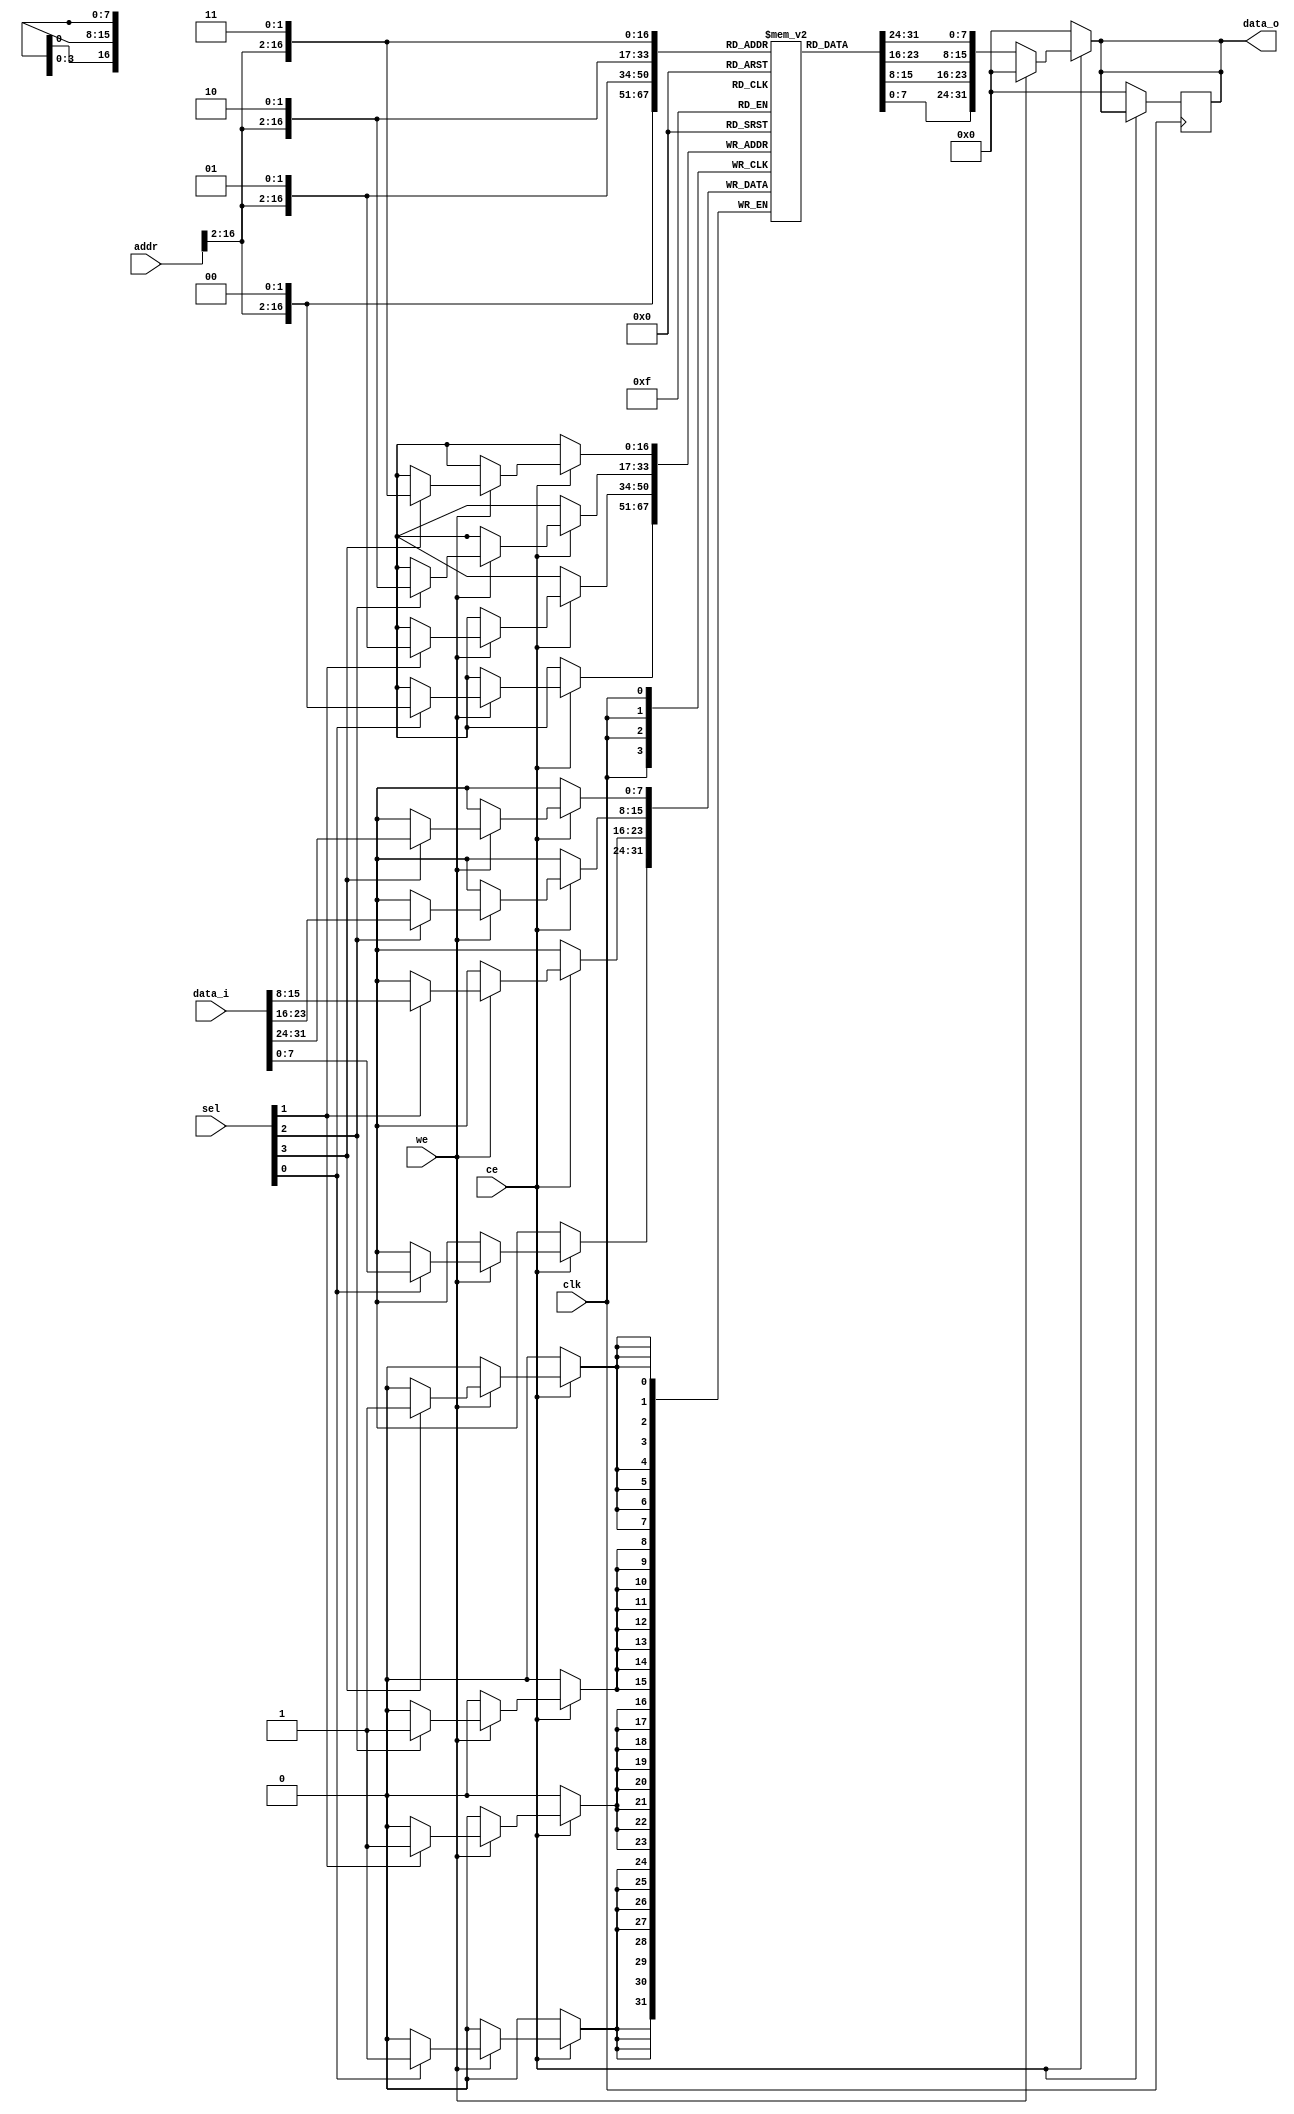
`timescale 1ns / 1ps
//////////////////////////////////////////////////////////////////////////////////
// Company: 
// Engineer: 
// 
// Design Name: 
// Module Name: data_ram
// Project Name: 
// Target Devices: 
// Tool Versions: 
// Description: 
// 
// Dependencies: 
// 
// Revision:
// Revision 0.01 - File Created
// Additional Comments:
// 
//////////////////////////////////////////////////////////////////////////////////


module data_ram(
	input wire clk,
	input wire ce,
	input wire we,
	input wire [31:0] addr,
	input wire [3:0] sel,
	input wire [31:0] data_i,
	
	output reg [31:0] data_o
    );
    
    reg [7:0] data_mem[0:131070];	//128K RAM
    
    always @ (posedge clk)
    begin
    	if (ce == 1'b0)
    		data_o <= 32'h00000000;
    	else if (we == 1'b1)
    	begin
    		if (sel[3] == 1'b1)
    			data_mem[{addr[31:2], 2'b11}] <= data_i[31:24];
    		if (sel[2] == 1'b1)
    			data_mem[{addr[31:2], 2'b10}] <= data_i[23:16];
    		if (sel[1] == 1'b1)
    			data_mem[{addr[31:2], 2'b01}] <= data_i[15:8];
    		if (sel[0] == 1'b1)
    			data_mem[{addr[31:2], 2'b00}] <= data_i[7:0];    	
    	end
    end
    
    always @ (*)
    begin
    	if (ce == 1'b0)
    		data_o = 32'h00000000;
    	else if (we == 1'b0)
    		data_o = {data_mem[{addr[31:2], 2'b11}], data_mem[{addr[31:2], 2'b10}], data_mem[{addr[31:2], 2'b01}], data_mem[{addr[31:2], 2'b00}]};
		else
    		data_o = 32'h00000000;
    end
endmodule